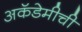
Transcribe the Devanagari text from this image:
अकॅडेमीची